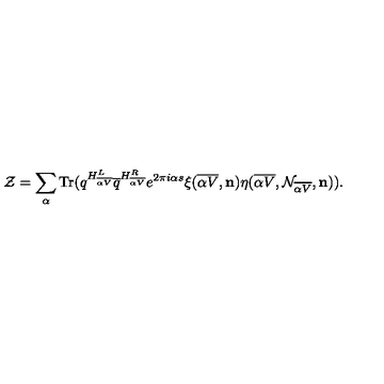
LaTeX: { \cal Z } = \sum _ { \alpha } \mathrm { T r } ( q ^ { H _ { \overline { { \alpha V } } } ^ { L } } { \overline { q } } ^ { H _ { \overline { { \alpha V } } } ^ { R } } e ^ { 2 \pi i \alpha s } \xi ( { \overline { { \alpha V } } } , { \bf n } ) \eta ( { \overline { { \alpha V } } } , { \cal N } _ { \overline { { \alpha V } } } , { \bf n } ) ) .